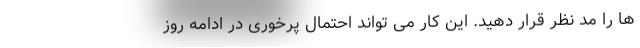
ها را مد نظر قرار دهید. این کار می تواند احتمال پرخوری در ادامه روز